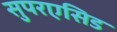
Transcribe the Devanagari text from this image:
सुपरएसिड